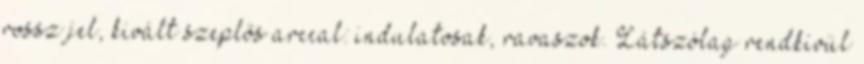
rossz jel, kivált szeplős arccal: indulatosak, ravaszok. Látszólag rendkívül